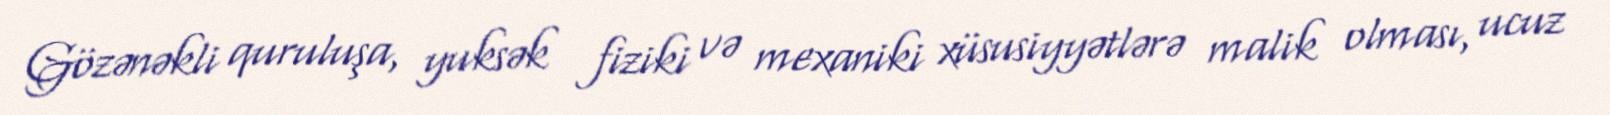
Gözənəkli quruluşa, yuksək fiziki və mexaniki xüsusiyyətlərə malik olması, ucuz